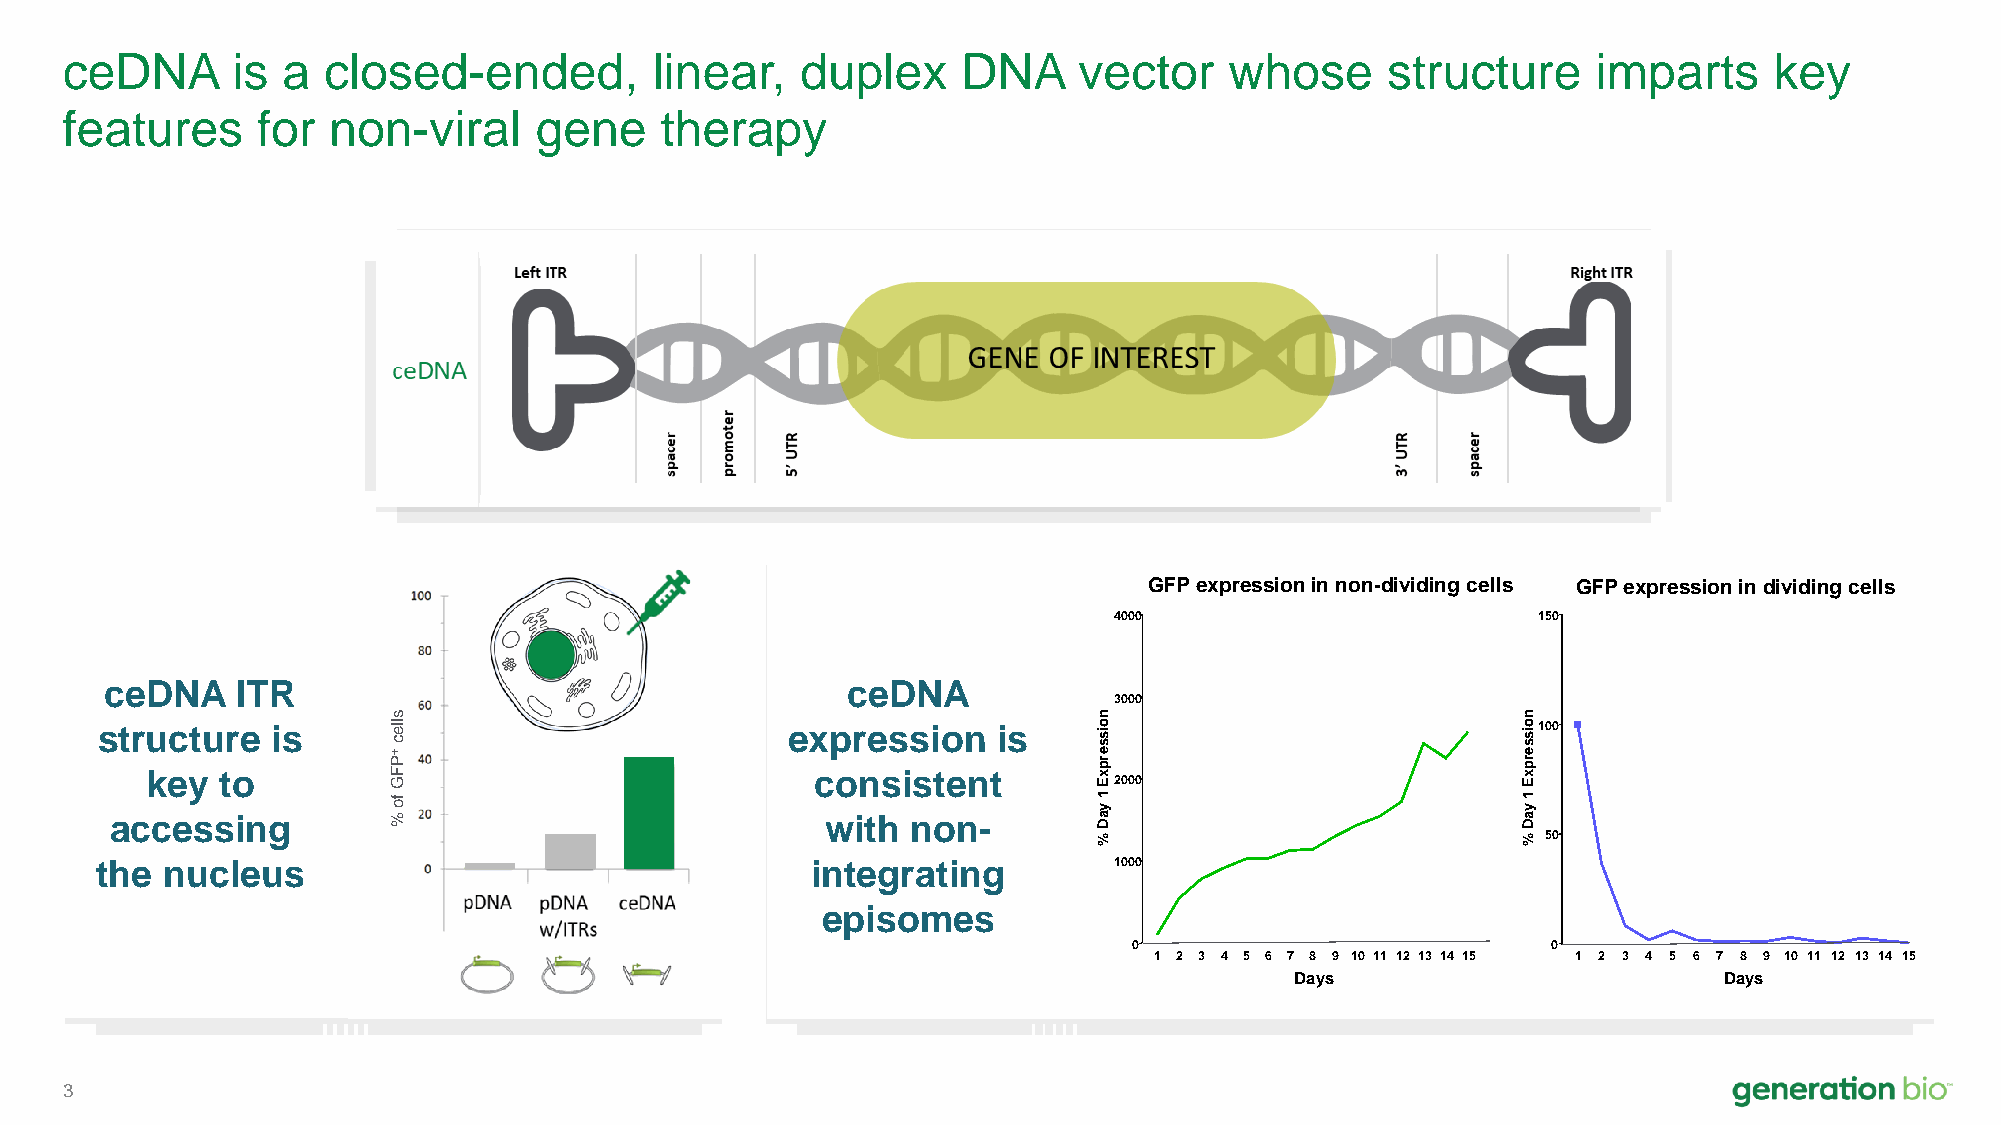
ceDNA      is  a closed-ended,         linear,   duplex     DNA    vector    whose      structure     imparts    key
 features     for  non-viral    gene     therapy
 GFP expression in non-dividing cells GFP expression in dividing cells
 4000                        150
 Dividing cells (293T)
 Non-dividing cells (HepaRG)
 ceDNA    ITR                                     ceDNA
 3000
 s                                              n                           n
 structure   is      lle
 c
 expression    is     o ssi                       o ssi100
 +                                              e                           e
 key  to         P F G                       consistent         p x Er 2000                 Epr x
 accessing
 fo
 %                            with non-
 ay1
 D
 Day1
 %                           % 50
 the  nucleus                                    integrating         1000
 episomes
 0                           0
 1 2 3 4 5 6 7 8 9 10 11 12 13 14 15 1 2 3 4 5 6 7 8 9 10 11 12 13 14 15
 Days                        Days
 3